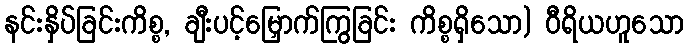
နင်းနှိပ်ခြင်းကိစ္စ, ချီးပင့်မြှောက်ကြွခြင်း ကိစ္စရှိသော) ဝီရိယဟူသော